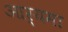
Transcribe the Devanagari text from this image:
आर्यमा